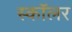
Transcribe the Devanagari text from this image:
स्काॅलर